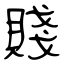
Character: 賤